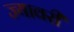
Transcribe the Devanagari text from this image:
ज्यावरी